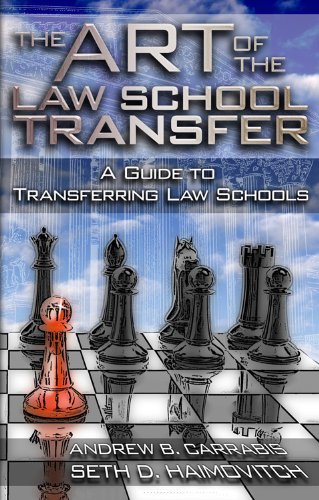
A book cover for The Art of the Law School Transfer: A Guide to Transferring Law Schools; Andrew B. Carrabis; Education & Teaching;